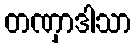
တဏှာဒါသာ